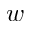
w